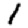
Digit: 1